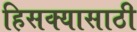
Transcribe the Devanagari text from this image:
हिसक्यासाठी